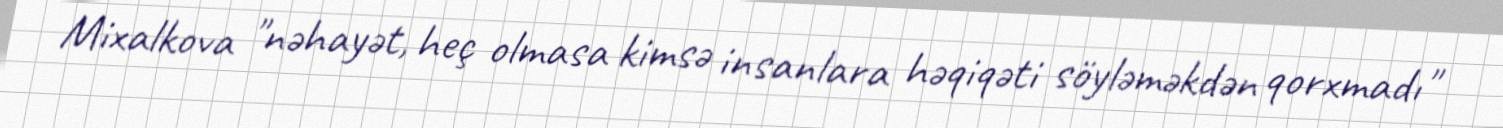
Mixalkova "nəhayət, heç olmasa kimsə insanlara həqiqəti söyləməkdən qorxmadı"